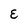
Character: E